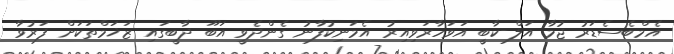
އެމްބެސެޑަރު ޖުމާ އަލް-ކާބީ އަވަހާރަވިއިރު އެމަނިކުފާނު ގެންދެވީ އަބޫ ދާބީގައި ޒަޚަމްތަކަށް ފަރުވާ